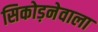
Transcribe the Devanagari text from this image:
सिकोड़नेवाला